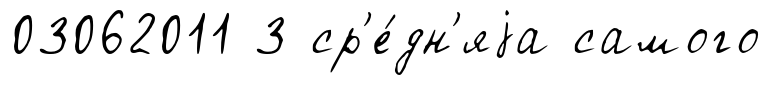
03062011 3 ср'е́дн'яjа самого